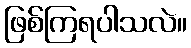
ဖြစ်ကြရပါသလဲ။